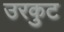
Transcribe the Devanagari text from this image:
उरकुट